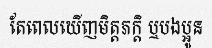
តែពេលឃើញមិត្តភក្តិ ឬបងប្អូន